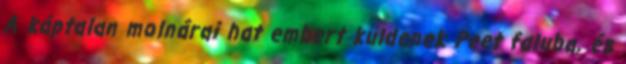
A káptalan molnárai hat embert küldenek Peet faluba, és